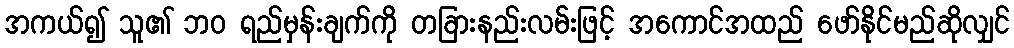
အကယ်၍ သူ၏ ဘဝ ရည်မှန်းချက်ကို တခြားနည်းလမ်းဖြင့် အကောင်အထည် ဖော်နိုင်မည်ဆိုလျှင်